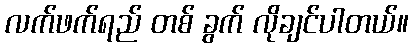
လက်ဖက်ရည် တစ် ခွက် လိုချင်ပါတယ်။